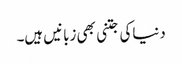
دنیاکی جتنی بھی زبانیں ہیں۔